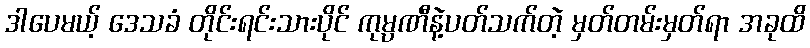
ဒါပေမယ့် ဒေသခံ တိုင်းရင်းသားပိုင် ကုမ္ပဏီနဲ့ပတ်သက်တဲ့ မှတ်တမ်းမှတ်ရာ အခုထိ